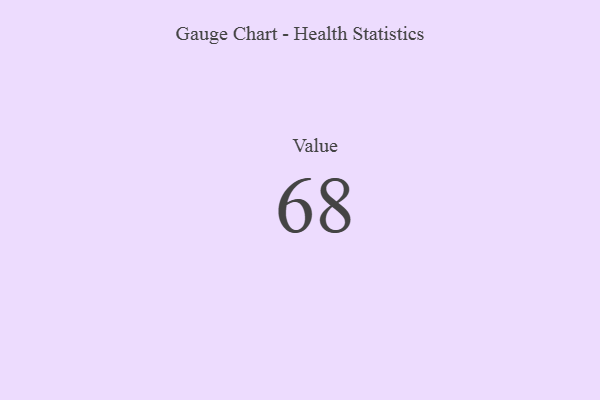
{"axis": {"x": "Metric", "y": "Value"}, "legend": [""], "data": [{"x": "Value", "y": 68, "type": ""}]}